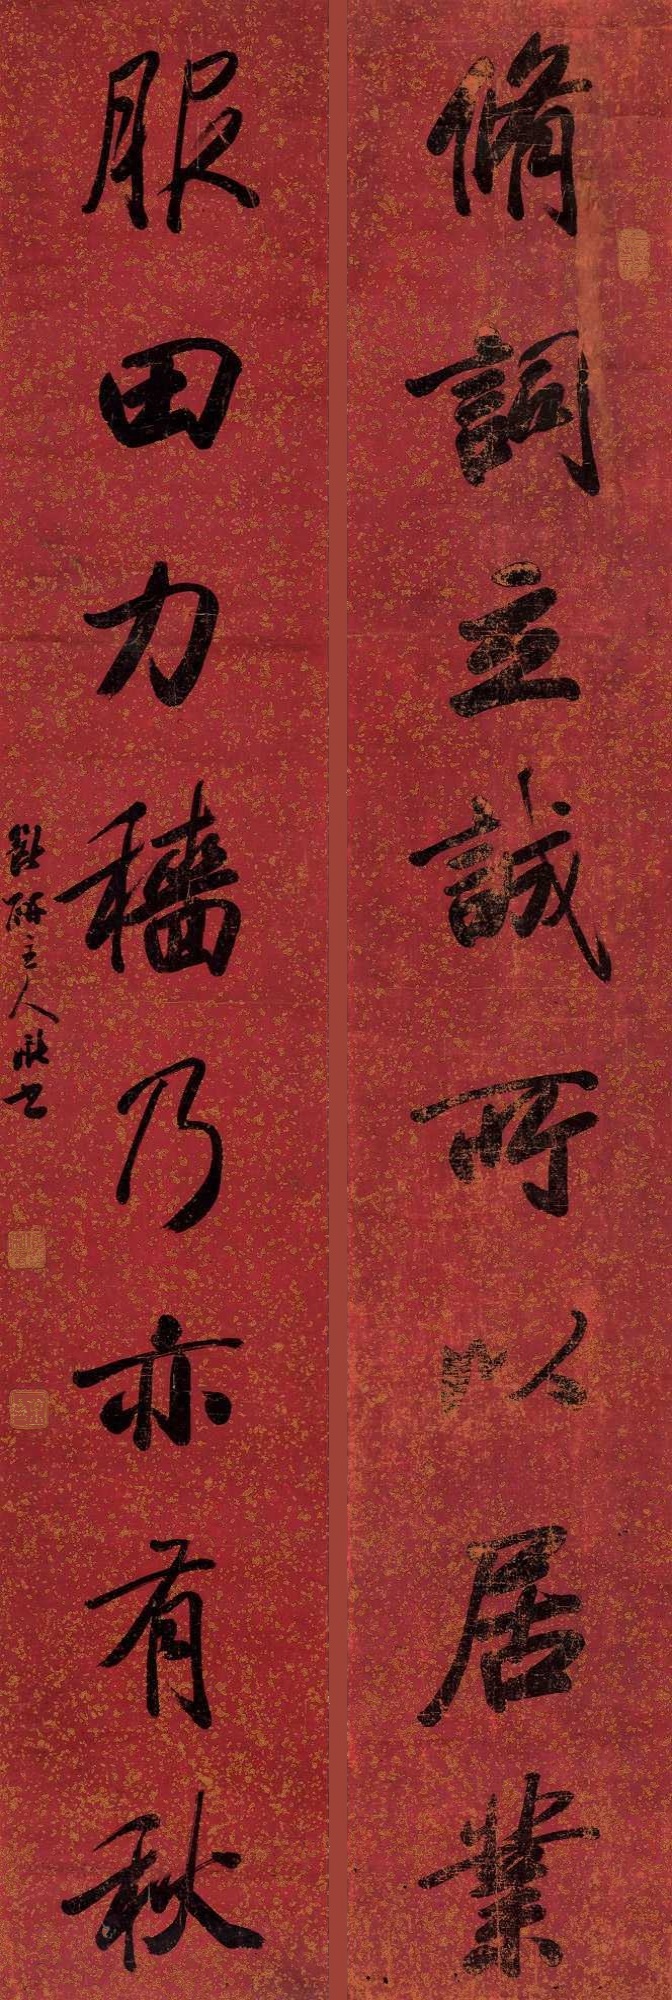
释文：修词立诚所以居业，服田力穑乃亦有秋。饮研主人𪩘书。